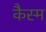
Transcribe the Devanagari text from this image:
कैस्म